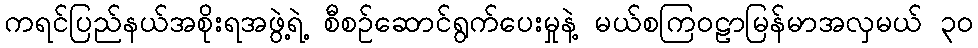
ကရင်ပြည်နယ်အစိုးရအဖွဲ့ရဲ့ စီစဉ်ဆောင်ရွက်ပေးမှုနဲ့ မယ်စကြဝဠာမြန်မာအလှမယ် ၃၀